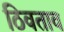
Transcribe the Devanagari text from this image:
ठिवताव